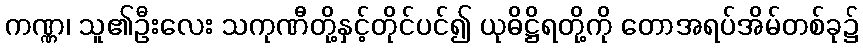
ကဏ္ဏ၊ သူ၏ဦးလေး သကုဏီတို့နှင့်တိုင်ပင်၍ ယုဓိဋ္ဌိရတို့ကို တောအရပ်အိမ်တစ်ခု၌